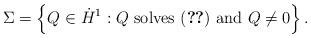
LaTeX: \begin{align*}\Sigma = \left \{ Q \in \dot H^1 : Q \mbox{ solves \eqref{sec24} and } Q \neq 0 \right \}.\end{align*}